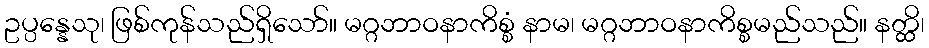
ဥပ္ပန္နေသု၊ ဖြစ်ကုန်သည်ရှိသော်။ မဂ္ဂဘာဝနာကိစ္စံ နာမ၊ မဂ္ဂဘာဝနာကိစ္စမည်သည်။ နတ္ထိ၊